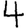
Digit: 4